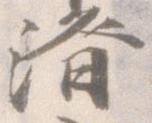
済